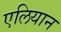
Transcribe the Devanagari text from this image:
एलियान